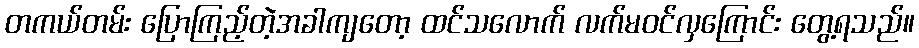
တကယ်တမ်း ပြောကြည့်တဲ့အခါကျတော့ ထင်သလောက် လက်မဝင်လှကြောင်း တွေ့ရသည်။